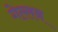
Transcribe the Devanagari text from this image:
गेल्लन